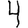
Digit: 4